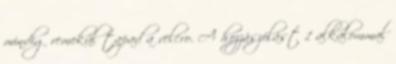
mindig remekül tapad a velcro. A hozzászólást 1 alkalommal